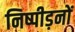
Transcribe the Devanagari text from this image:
निष्पीड़नों